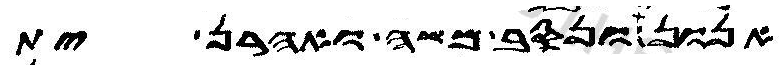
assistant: אנון ונסב משה ואהרן ית